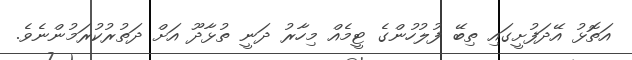
އަތޮޅު އޭދަފުށީގައި ތިބޭ ފުލުހުންގެ ޓީމެއް މިހާރު ދަނީ ތުޅާދޫ އަށް ދަތުރުކުރަމުންނެވެ.